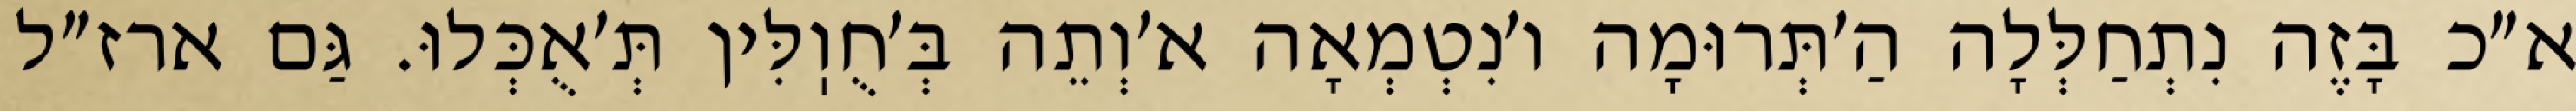
א״כ בָּזֶה נִתְחַלְּלָה הַ׳תְּרוּמָה ו׳נִטְמְאָה א׳וְתֵה בְּ׳חֻוֽלִּין תְּ׳אֻכְּלוּ. גַּם ארז״ל